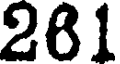
281